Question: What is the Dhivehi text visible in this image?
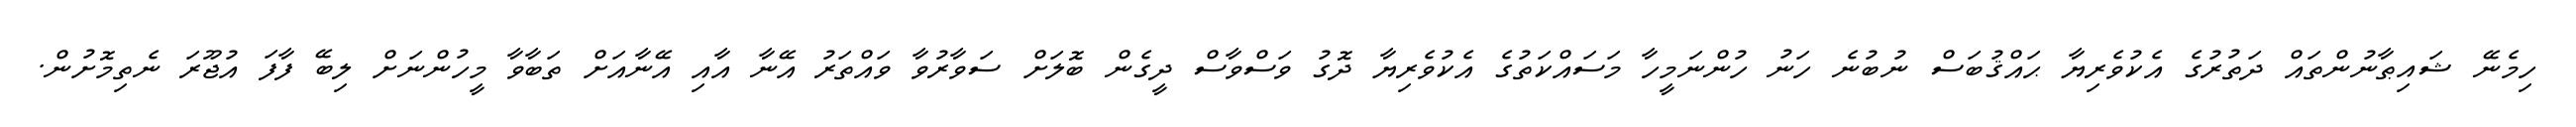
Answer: ހިމެނޭ ޝައިޠާނުންތައް ދަތުރުގެ އެކުވެރިޔާ ޙައްޤުބަސް ނުބުނެ ހަނު ހުންނަމީހާ މަސައްކަތުގެ އެކުވެރިޔާ ދޮގު ވަސްވާސް ދީގެން ބޮލަށް ސަވާރުވާ ވައްތަރު އޭނާ އާއި އޭނާއަށް ތަބާވާ މީހުންނަށް ލިބޭ ފާފަ އުޖޫރަ ނެތިމޮށުން.